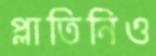
প্লাতিনিও